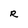
Character: R